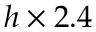
h \times 2 . 4